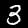
Digit: 3